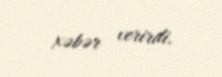
xəbər verirdi.